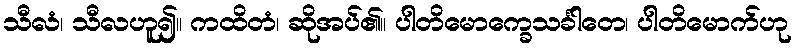
သီလံ၊ သီလဟူ၍။ ကထိတံ၊ ဆိုအပ်၏။ ပါတိမောက္ခေသင်္ခါတေ၊ ပါတိမောက်ဟု